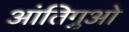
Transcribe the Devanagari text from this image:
आंतिगुओ